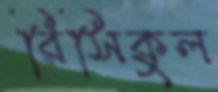
রিসিকুল